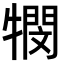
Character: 𭷴